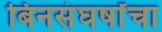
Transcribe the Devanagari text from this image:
बिनसंघर्षांचा